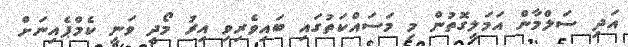
އަދި ސަލްމާން އަމަލީގޮތުން މި މަސައްކަތުގައި ބައިވެރިވި އިރު މޯދީ ވަނީ ކެމްޕެއިނަށް